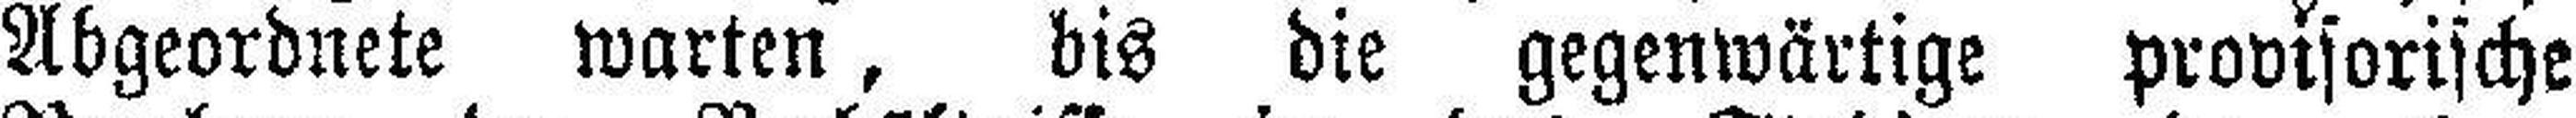
Abgeordnete warten, bis die gegenwärtige provisorische